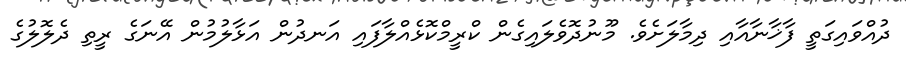
ދުއްވައިގަތީ ފާޚާނާއާއި ދިމާލަށެވެ. މޫނުދޮވެލައިގެން ކްރީމްކޮޅެއްލާފައި އަނދުން އަޅާލުމުން އޭނަގެ ރީތި ދެލޮލުގެ